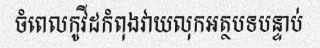
ចំពេលកូវីដកំពុងវាយលុកអត្ថបទបន្ទាប់